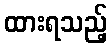
ထားရသည့်